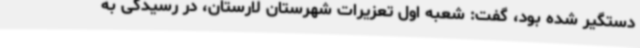
دستگیر شده بود، گفت: شعبه اول تعزیرات شهرستان لارستان، در رسیدگی به